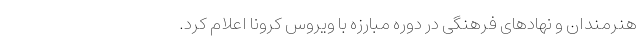
هنرمندان و نهادهاى فرهنگى در دوره مبارزه با ويروس كرونا اعلام كرد.